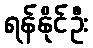
ရန်နိုင်ဦး